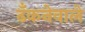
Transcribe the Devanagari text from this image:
ढँकनेवाले